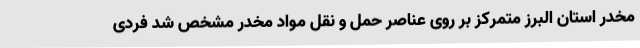
مخدر استان البرز متمرکز بر روی عناصر حمل و نقل مواد مخدر مشخص شد فردی